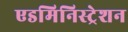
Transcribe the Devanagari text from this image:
एडमिनिस्‍ट्रेशन